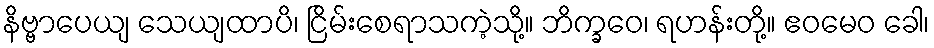
နိဗ္ဗာပေယျ သေယျထာပိ၊ ငြိမ်းစေရာသကဲ့သို့။ ဘိက္ခဝေ၊ ရဟန်းတို့။ ဧဝမေဝ ခေါ၊